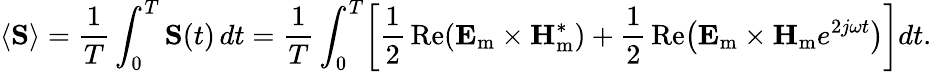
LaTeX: \langle\mathbf{S}\rangle={\frac{1}{T}}\int_{0}^{T}\mathbf{S}(t)\, dt={\frac{1}{T}}\int_{0}^{T}\! \left[{\frac{1}{2}}\operatorname{Re}\! \left(\mathbf{E}_{\mathrm{m}}\times\mathbf{H}_{\mathrm{m}}^{*}\right)+{\frac{1}{2}}\operatorname{Re}\! \left({\mathbf{E}_{\mathrm{m}}}\times{\mathbf{H}_{\mathrm{m}}}e^{2j\omega t}\right)\right]dt.